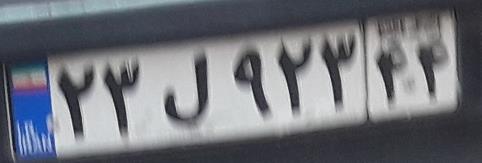
۲۳ل۹۲۳۴۴